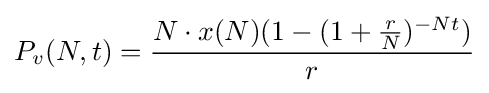
P_{v}(N,t)={\frac {N\cdot x(N)(1-(1+{\frac {r}{N}})^{-Nt})}{r}}